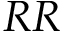
R R